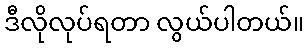
ဒီလိုလုပ်ရတာ လွယ်ပါတယ်။